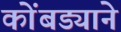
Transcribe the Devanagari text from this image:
कोंबड्याने